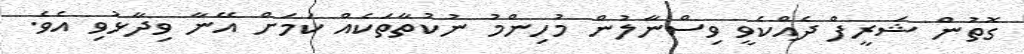
ގޮތުން ޝަރީފް ދެއްކެވީ ވިސްނާލުން މުހިންމު ނުކުތާތަކެއް ކަމަށް އޭނާ ވިދާޅުވި އެވެ.